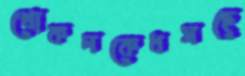
খোকনকেধসছে